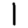
Digit: 1